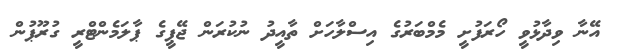
އޭނާ ވިދާޅުވީ ހޯރަފުށީ މެމްބަރުގެ އިސްލާހަށް ތާއީދު ނުކުރަން ޖޭޕީގެ ޕާލަމެންޓްރީ ގުރޫޕުން